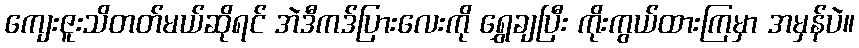
ကျေးဇူးသိတတ်မယ်ဆိုရင် အဲဒီကဒ်ပြားလေးကို ရွှေချပြီး ကိုးကွယ်ထားကြမှာ အမှန်ပဲ။